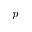
\emph { p }